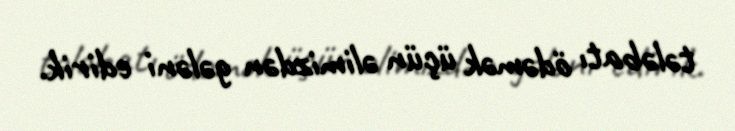
tələbatı ödəmək üçün əlimizdən gələni edirik.